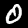
Digit: 0